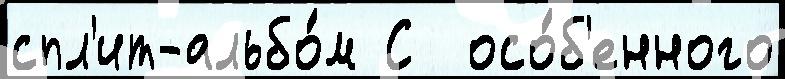
спл'ит-альбо́м С  осо́б'енного